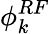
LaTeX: \phi_{k}^{RF}